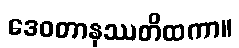
ဒေဝတာနုဿတိထကာ။